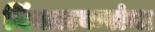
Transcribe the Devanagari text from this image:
निंबाळकरांना